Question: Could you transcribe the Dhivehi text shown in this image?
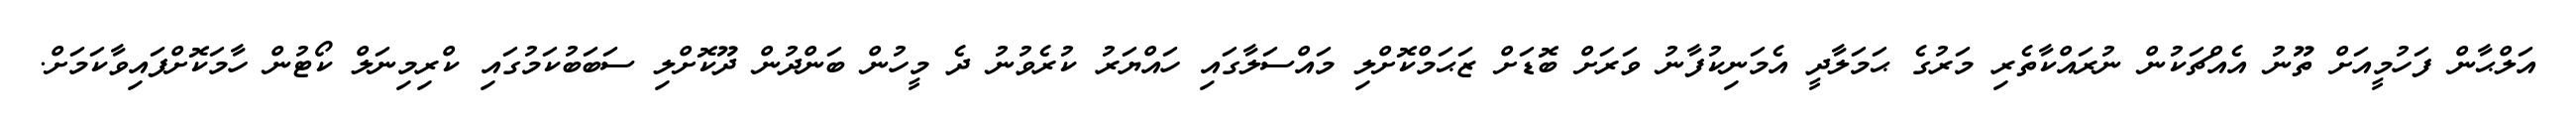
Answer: އަލްޙާން ފަހުމީއަށް ތޫނު އެއްޗަކުން ނުރައްކާތެރި މަރުގެ ޙަމަލާދީ އެމަނިކުފާނު ވަރަށް ބޮޑަށް ޒަޙަމްކޮށްލި މައްސަލާގައި ހައްޔަރު ކުރެވުނު ދެ މީހުން ބަންދުން ދޫކޮށްލި ސަބަބުކަމުގައި ކްރިމިނަލް ކޯޓުން ހާމަކޮށްފައިވާކަމަށް.